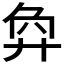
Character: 𢍅